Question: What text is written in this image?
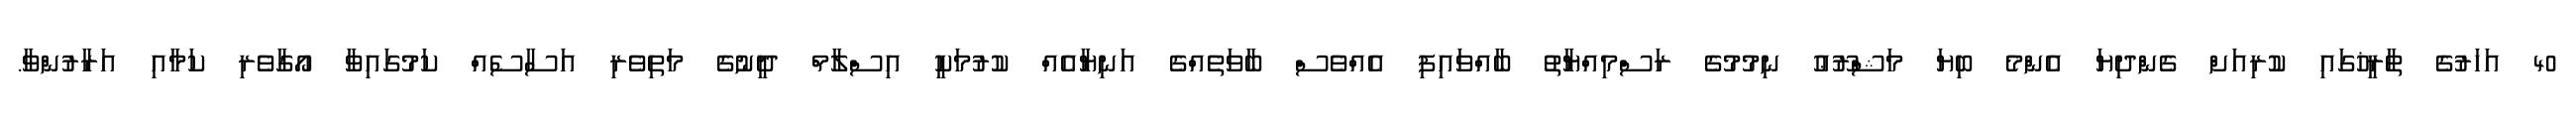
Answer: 40 އަހަރުގެ ތާރީޚުގައި ކުރިއަށް ގެންދިޔަ އެންމެ ބިޔަ މަޝްރޫޢު ނިމުމުގެ ރަސްމިއްޔާތު ބާއްވައިފި އެއްވެސް ބާވަތެއްގެ އަނިޔާއެއް ކުރުމަކީ އިސްލާމް ދީނުގެ މަތިވެރި އަސާސެއް ކަމުގައިވާ އޯގާވެރި ކަމާއި އަރާރުންވާ.